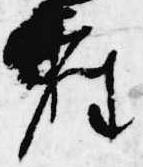
座